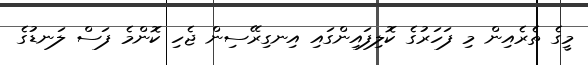
މީގެ ތެރެއިން މި ފަހަރުގެ ކޮލިފައިންގައި އިނގިރޭސިން ޖެހި ކޮންމެ ފަސް ލަނޑުގެ